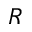
R